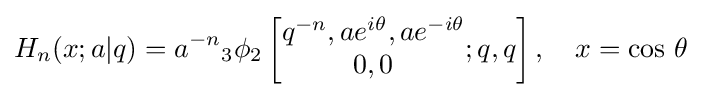
H_{n}(x;a|q)=a^{-n}{}_{3}\phi _{2}\left[{\begin{matrix}q^{-n},ae^{i\theta },ae^{-i\theta }\\0,0\end{matrix}};q,q\right],\quad x=\cos \,\theta